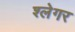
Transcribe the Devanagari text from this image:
श्लेगर